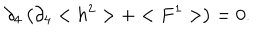
\partial _ { 4 } \left( \partial _ { 4 } < h ^ { 2 } > + < F ^ { 1 } > \right) = 0 .